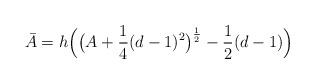
LaTeX: \begin{align*}\bar{A}=h\Bigl(\bigl(A+\frac{1}{4}(d-1)^2\bigr)^{\frac{1}{2}}-\frac{1}{2}(d-1)\Bigr)\end{align*}